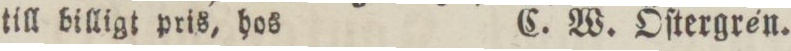
till billigt pris, hos    C. W. Öſtergrén.